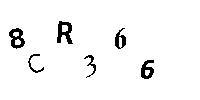
8CR366